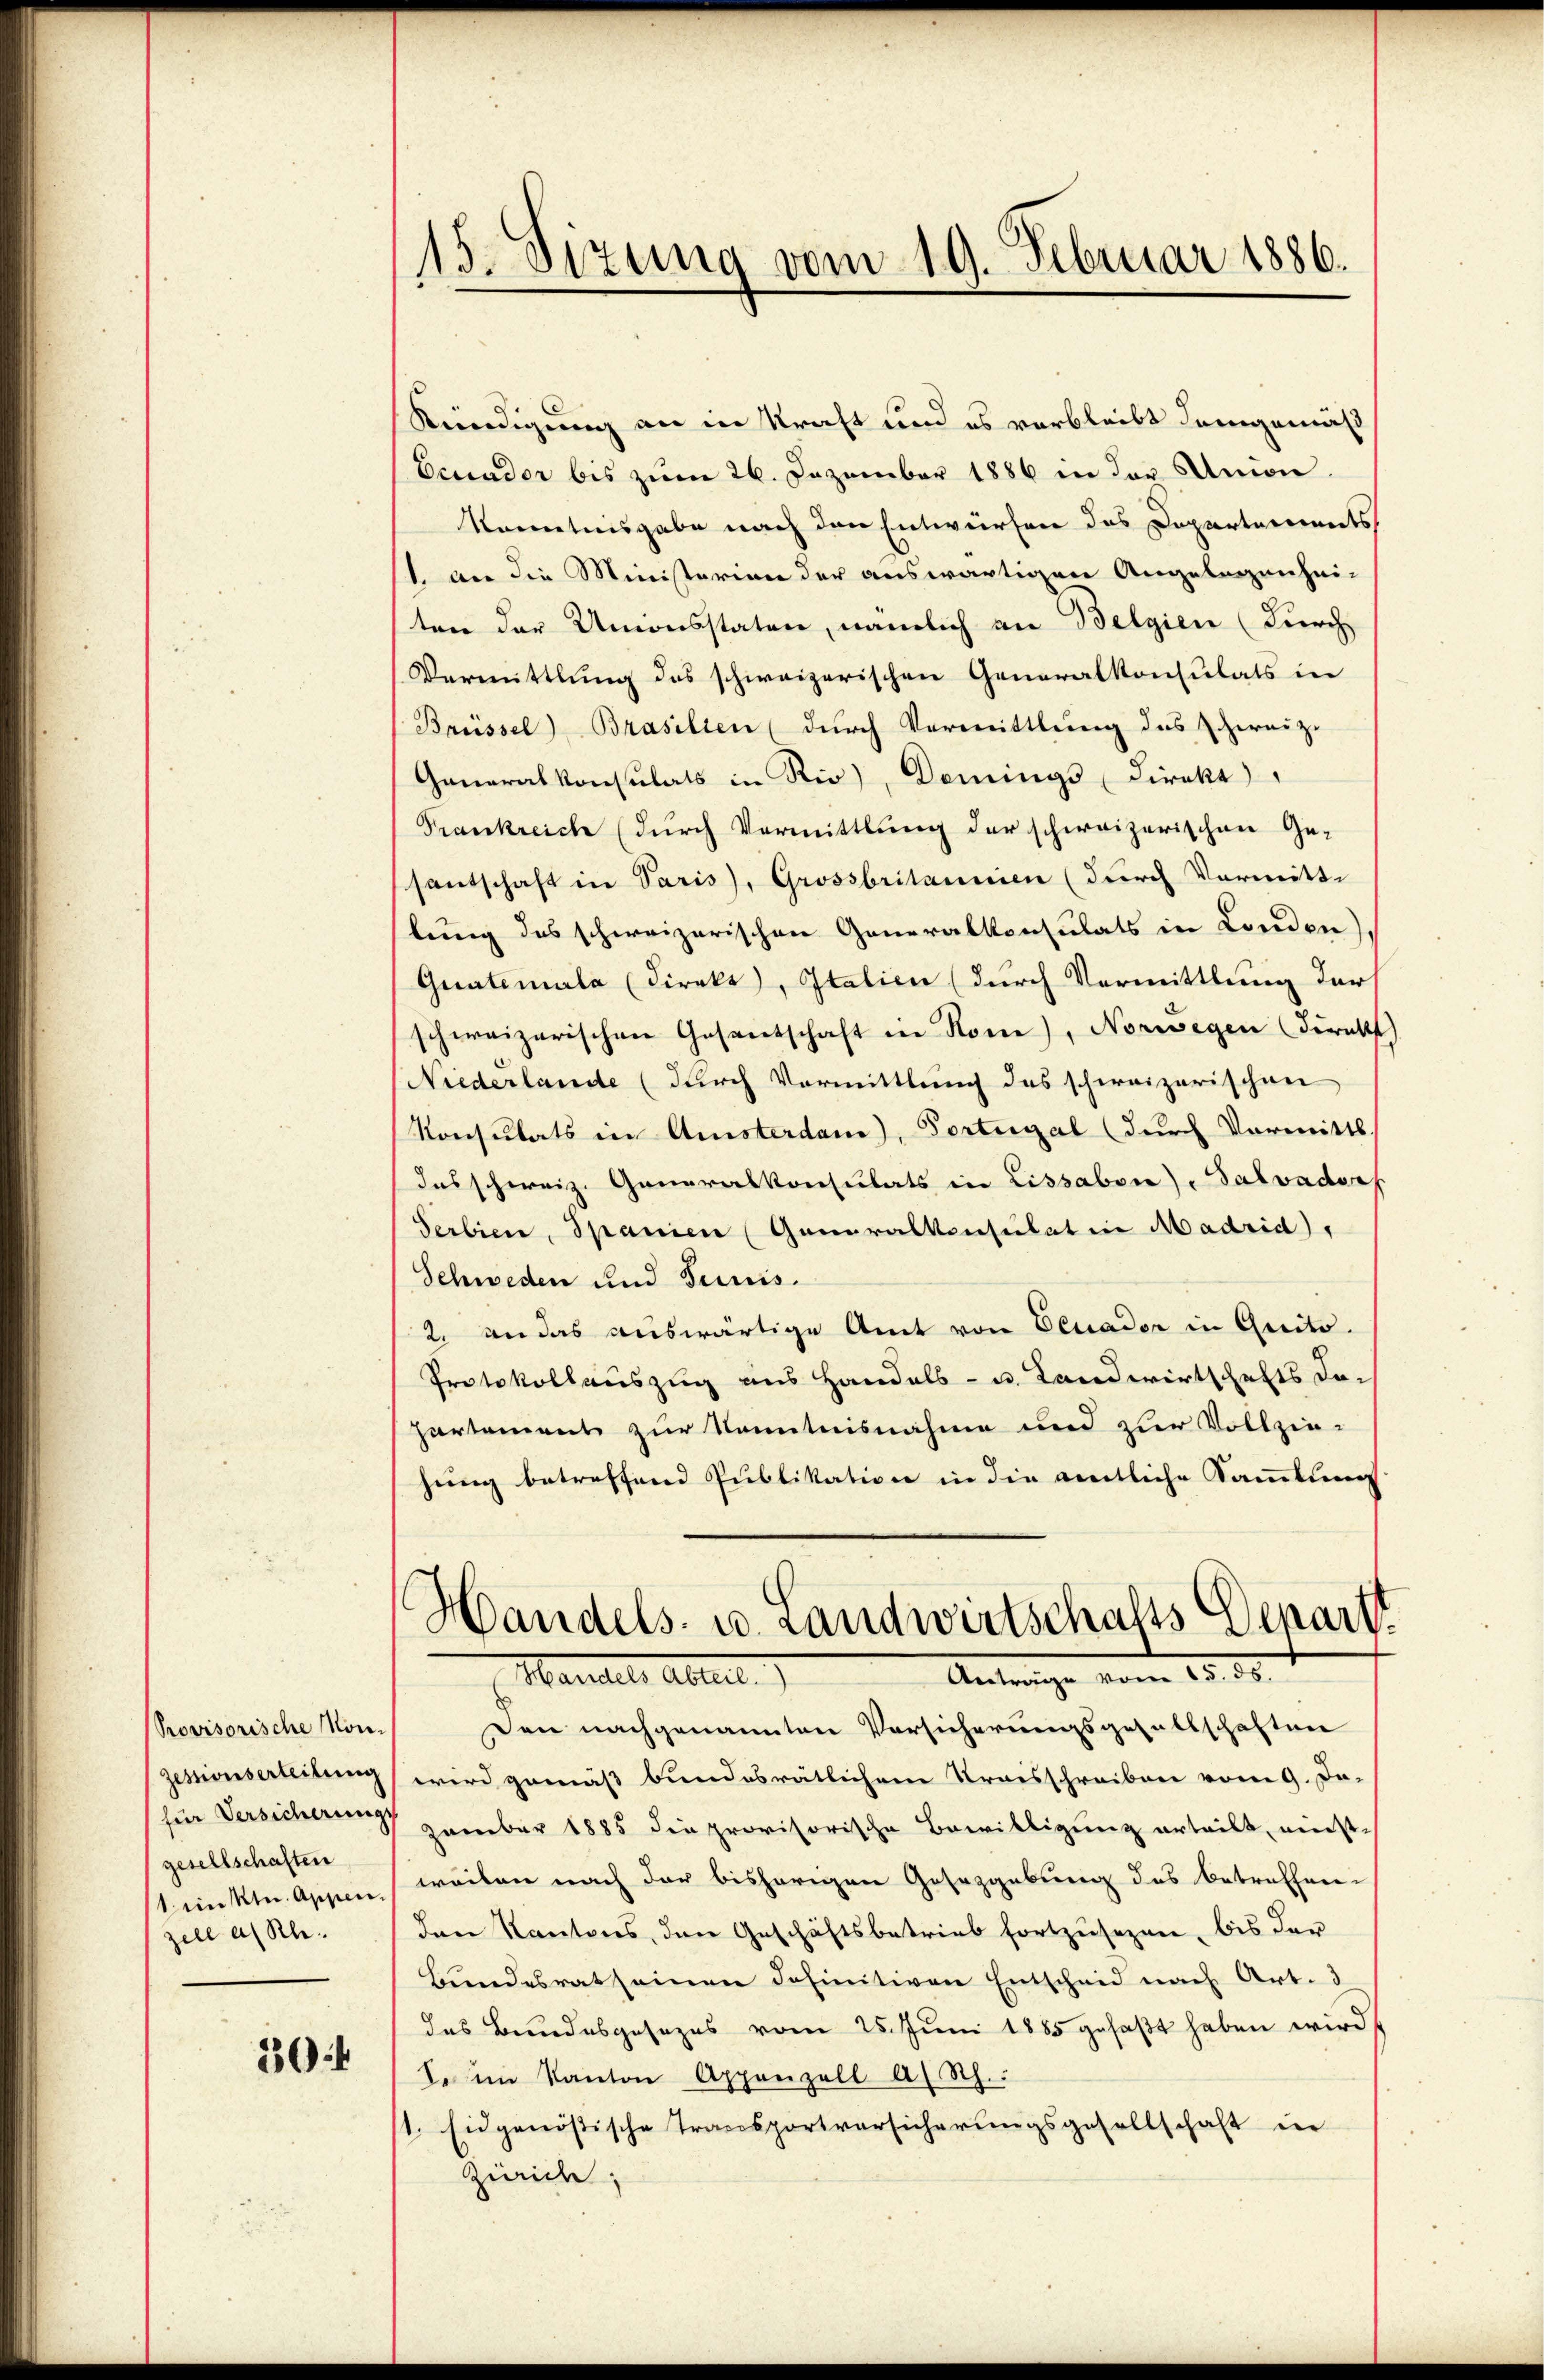
Provisorische Mon¬
Zessionserteilung
gesellschaften
zell a. Rh.

304

15. Dezung vom 19. Februar 1886.

Antrage vom 15. ds.
Handel Abteil

Kündigung an in Kraft und es verbleibt demgemäß
Ecuader bis zum 26. Dezember 1886 in der Union
Kenntnisgabe nach den Entwürfen des Departements
1. an die Ministerien der auswärtigen Angelegenhei-
ten der Unionsstaten, nämlich an Belgien (durch
Vermittlung des schweizerischen Generalkonsulats in
Brüssel) Brasilien (durch Vermittlung des Schereiz-
Generalkonsulats in Rio), Domings Direkt
Frankreich (durch Vermittlung der schweizerischen Ge-
santschaft in Paris, Grossbritannien (durch Vormittlung des schweizerischen Generalkonsulats in London)
Guatemala (Direkt, Italien (durch Vermittlung der
schweizerischen Gesantschaft in Rone), Norwegen (direkt
Niederlande (durch Vormittlung des schweizerischen
Konsulats in Amsterdam), Portugal (durch Vormittl
das schweiz. Generalkonsulats in Lissabon), Salvadorf
Serbien, Spanien (Generalkonsulat in Madrid,
Schweden und Feuis.
2. an das auswärtige Amt von Eeuader in Quito.
Protokollauszug aus Handels- u. Landwirtschafts da-
partement zur Kenntnisnahme und zur Vollziehung betreffend Publikation in die amtliche Sammlung
Handels- u. Landwirtschafts Departt

Den nachgenannten Vorsicherungsgesellschaften
wird gemäß bundesrätlichen Kraisschreiben vom 9. Da-
für Versicherung zember 1885 die provisorische Bewilligung erteilt, einst¬
Kunkte Appen, weilen nach der bisherigen Gesezgebung des betreffen-
den Kantons, den Geschäftsbetrieb fortzusezen, bis der
Bundesratseinen definitiven Entscheid nach Art. 3
das Bundesgesezes vom 25. Jŭni 1885 gefaßt haben wird
lesen Kanton Appenzell a. Rh.:
1. Eidgenößische Transportversicherungsgesellschaft in
Zürich;